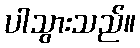
ပါသွားသည်။